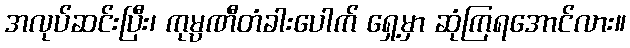
အလုပ်ဆင်းပြီး၊ ကုမ္ပဏီတံခါးပေါက် ရှေ့မှာ ဆုံကြရအောင်လား။